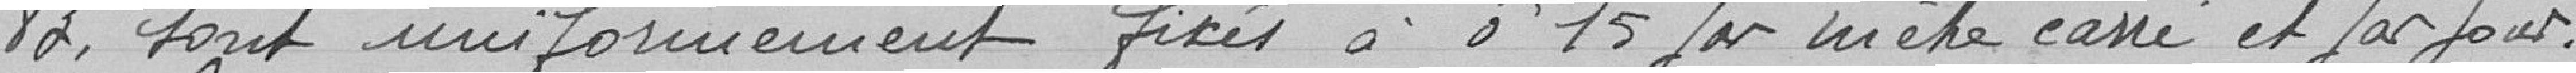
aux marchands forains, cirques saltimbanques, etc. Foire, il est percu :